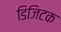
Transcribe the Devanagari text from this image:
डिजिटक